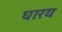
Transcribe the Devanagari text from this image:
धारय